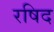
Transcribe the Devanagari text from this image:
रषिद